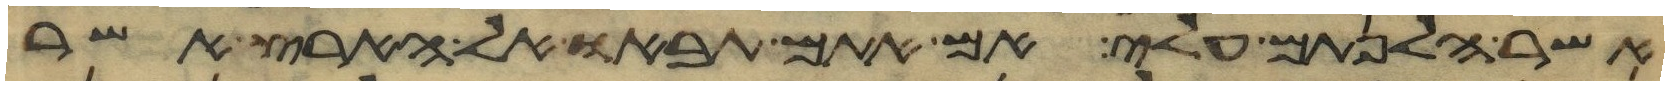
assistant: אשר הלנתם עלי אם אתם תבאו אל הארץ אשר